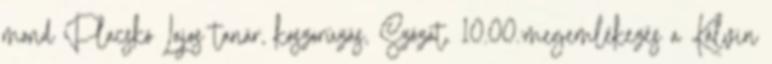
mond Placskó Lajos tanár, koszorúzás, Szózat. 10.00.:megemlékezés a Kálvin